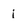
Character: i